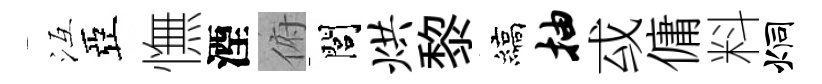
冱亞憮湮俯閭烘黎縞抽㦯傭料炯